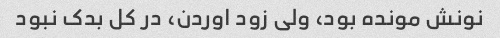
نونش مونده بود، ولی زود اوردن، در کل بدک نبود